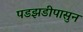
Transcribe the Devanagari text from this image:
पडझडीपासुन